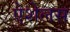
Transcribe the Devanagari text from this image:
ऐशेलस